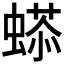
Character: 𧏥